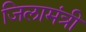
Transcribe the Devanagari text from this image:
जिलामंत्री